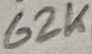
Text: 62K